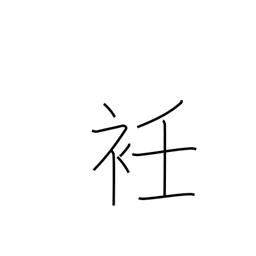
Meaning: neck of a garment